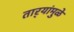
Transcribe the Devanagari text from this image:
तार्‍यांमुळे